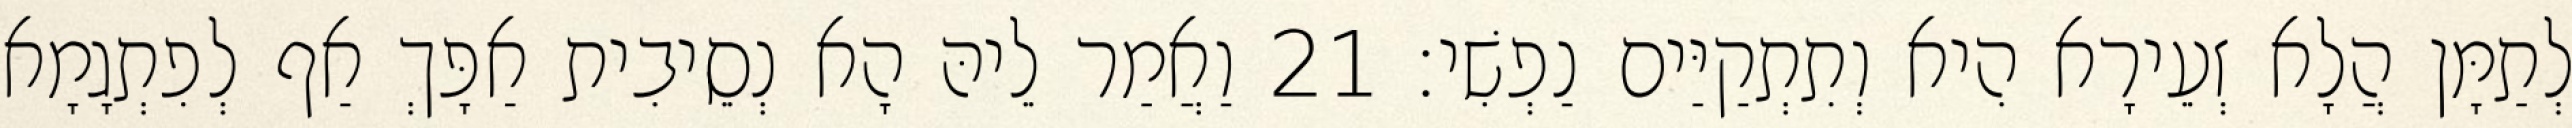
לְתַמָּן הֲלָא זְעֵירָא הִיא וְתִתְקַיַּים נַפְשִׁי׃ 21 וַאֲמַר לֵיהּ הָא נְסֵיבִית אַפָּךְ אַף לְפִתְגָמָא